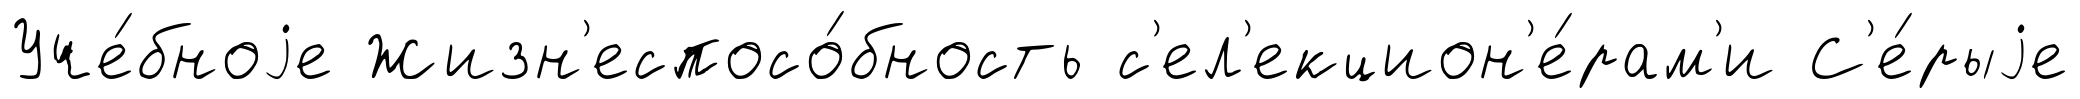
Уче́бноjе Жизн'еспосо́бность с'ел'екцион'е́рам'и С'е́рыjе